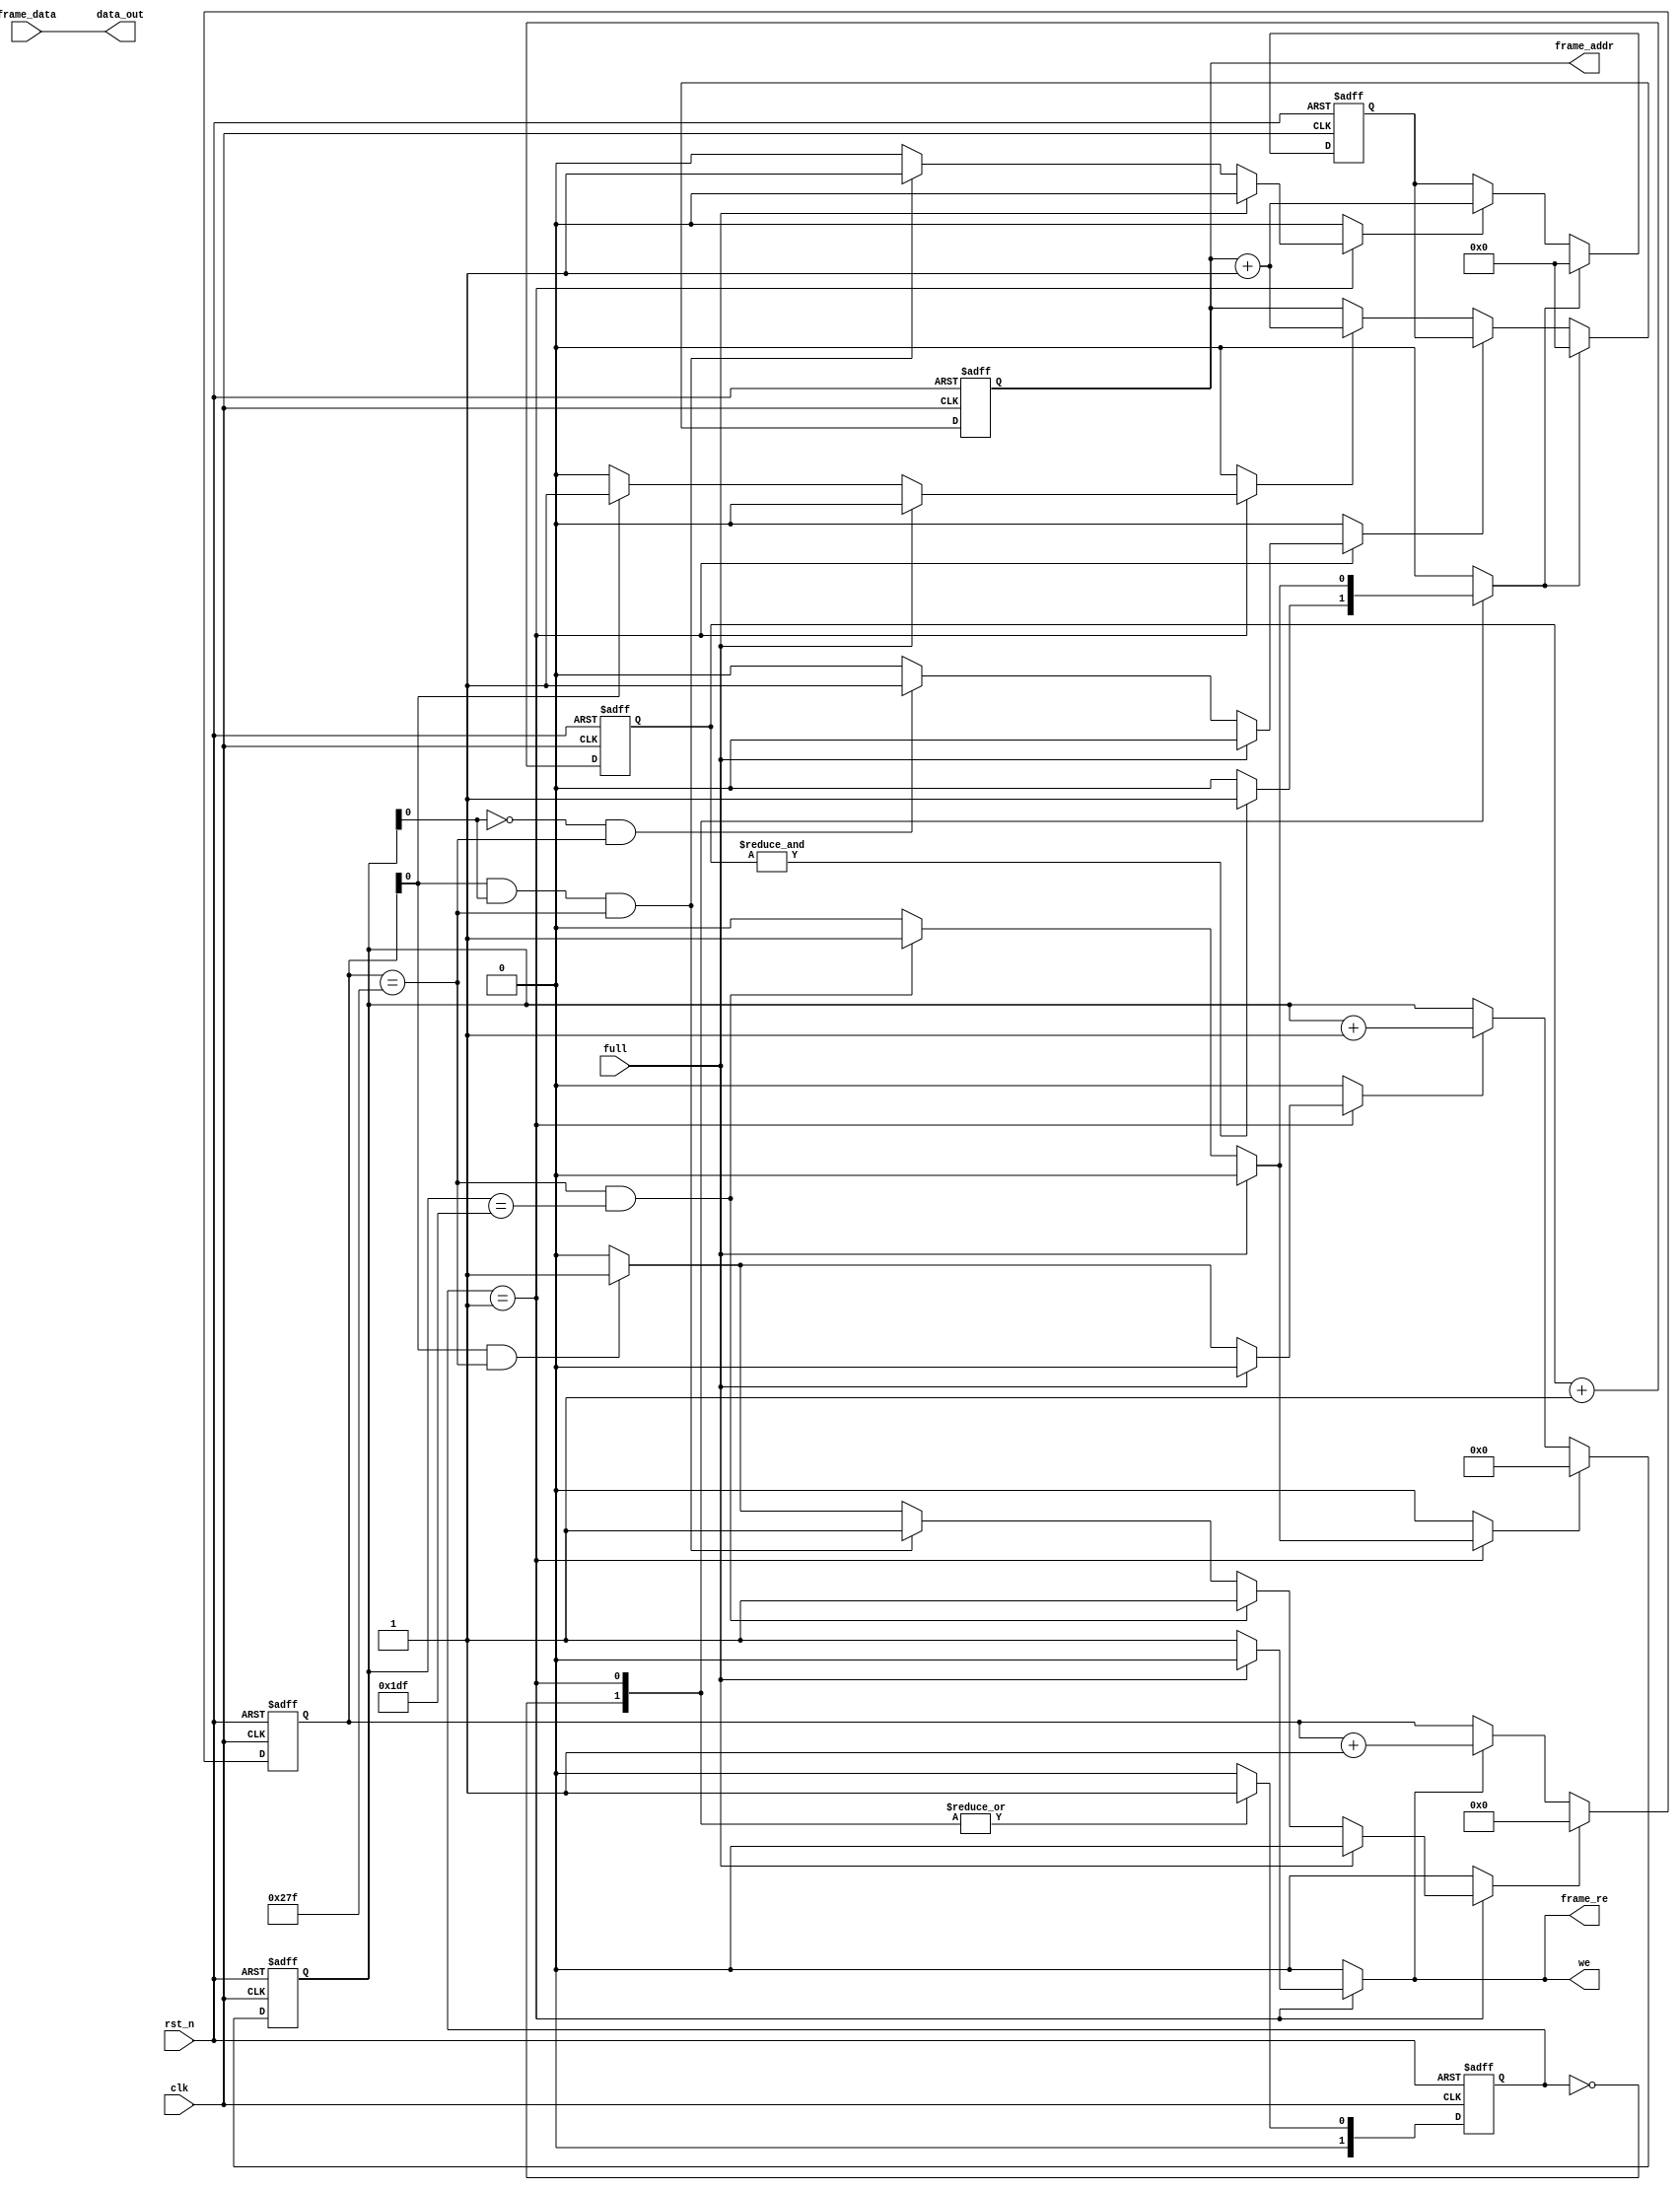
`timescale 1ns / 1ps
//////////////////////////////////////////////////////////////////////////////////
// Company: 
// Engineer: 
// 
// Design Name: 
// Module Name:    frame_reader 
// Project Name: 
// Target Devices: 
// Tool versions: 
// Description: 
//
// Dependencies: 
//
// Revision: 
// Revision 0.01 - File Created
// Additional Comments: 
//
//////////////////////////////////////////////////////////////////////////////////
module frame_reader(
	input clk,
	input rst_n,
	input full,
	input [23:0] frame_data,
	output reg [16:0] frame_addr,
	output reg frame_re,
	output [23:0] data_out,
	output reg we
    );


	localparam WAIT = 2'b00;
	localparam READ = 2'b01;
	
	localparam HEX_640 = 10'h27F;
	localparam HEX_480 = 9'h1DF;
	
	reg [16:0] start_addr;
	reg ld_start_addr, rst_start_addr;
	reg rst_frame_addr, ld_frame_addr, inc_frame_addr;
	reg [9:0] x_count;
	reg inc_x_count, rst_x_count;
	reg [8:0] y_count;
	reg inc_y_count, rst_y_count;
	reg [1:0] state, nxt_state;
	reg [10:0] backdoor;

	assign data_out = frame_data;
	
	always @ (posedge clk, negedge rst_n)
		if(!rst_n)
			state <= 0;
		else
			state <= nxt_state;
		
	always @ (posedge clk, negedge rst_n)
		if(!rst_n)
			frame_addr <= 0;
		else if(rst_frame_addr)
			frame_addr <= 0;
		else if(ld_frame_addr)
			frame_addr <= start_addr;
		else if(inc_frame_addr)
			frame_addr <= frame_addr + 1;
			
	always @ (posedge clk, negedge rst_n)
		if(!rst_n)
			start_addr <= 0;
		else if(rst_start_addr)
			start_addr <= 0;
		else if(ld_start_addr)
			start_addr <= frame_addr + 1;
			
	always @ (posedge clk, negedge rst_n)
		if(!rst_n)
			x_count <= 0;
		else if(rst_x_count)
			x_count <= 0;
		else if(inc_x_count)
			x_count <= x_count + 1;
			
	always @ (posedge clk, negedge rst_n)
		if(!rst_n)
			y_count <= 0;
		else if(rst_y_count)
			y_count <= 0;
		else if(inc_y_count)
			y_count <= y_count + 1;
			
	always @ (posedge clk, negedge rst_n)
		if(!rst_n)
			backdoor <= 0;
		else
			backdoor <= backdoor + 1;
			
	always @ (*) begin
		ld_start_addr = 0;
		we = 0;
		frame_re = 0;
		rst_frame_addr = 0;
		ld_frame_addr = 0;
		inc_frame_addr = 0;
		inc_x_count = 0;
		rst_x_count = 0;
		inc_y_count = 0;
		rst_y_count = 0;
		rst_start_addr = 0;
		nxt_state = WAIT;
		
		case(state)
			WAIT : begin
				nxt_state = READ;
				if(&backdoor) begin
					nxt_state = READ;
					rst_start_addr = 1;
					rst_frame_addr = 1;
				end
			end
			READ : begin
				nxt_state = READ;
				if(~full) begin
					frame_re = 1; // Always read
					we = 1; // Always write
					inc_x_count = 1; // Always increment
					
					// Read Every Address Twice
					if(x_count[0]) begin
						inc_frame_addr = 1;
					end

					// Increment at the end of Row
					if(x_count[0] & (x_count == HEX_640)) begin
						inc_y_count = 1;
						rst_x_count = 1;
					end
					
					// Read Every Row Twice
					if(~y_count[0] & (x_count == HEX_640)) begin
						ld_frame_addr = 1;
					end
						
					// Reset at the end of Row
					if(x_count[0] & y_count[0] & (x_count == HEX_640)) begin
						rst_x_count = 1;
						ld_start_addr = 1;
					end
					
					// Reset at  the end of the Frame
					if((x_count == HEX_640) & (y_count == HEX_480)) begin
						rst_x_count = 1;
						rst_y_count = 1;
						rst_frame_addr = 1;
						rst_start_addr = 1;
					end
				end
			end
		endcase
	end
		
		
endmodule